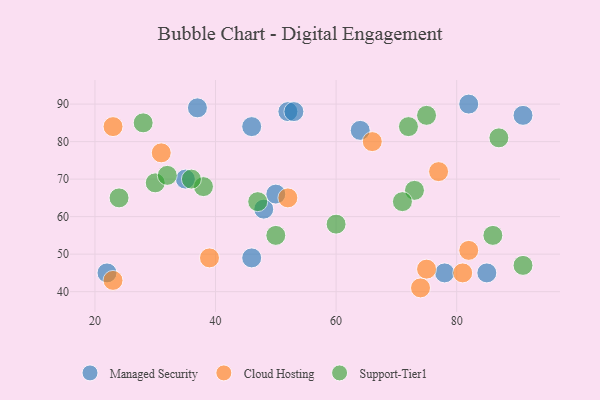
{"axis": {"x": "GDP", "y": "Life Expectancy"}, "legend": ["Cloud Hosting", "Managed Security", "Support-Tier1"], "data": [{"x": "64", "y": 83, "type": "Managed Security"}, {"x": "22", "y": 45, "type": "Managed Security"}, {"x": "91", "y": 87, "type": "Managed Security"}, {"x": "78", "y": 45, "type": "Managed Security"}, {"x": "48", "y": 62, "type": "Managed Security"}, {"x": "82", "y": 90, "type": "Managed Security"}, {"x": "46", "y": 84, "type": "Managed Security"}, {"x": "85", "y": 45, "type": "Managed Security"}, {"x": "50", "y": 66, "type": "Managed Security"}, {"x": "52", "y": 88, "type": "Managed Security"}, {"x": "53", "y": 88, "type": "Managed Security"}, {"x": "35", "y": 70, "type": "Managed Security"}, {"x": "46", "y": 49, "type": "Managed Security"}, {"x": "37", "y": 89, "type": "Managed Security"}, {"x": "75", "y": 46, "type": "Cloud Hosting"}, {"x": "31", "y": 77, "type": "Cloud Hosting"}, {"x": "81", "y": 45, "type": "Cloud Hosting"}, {"x": "66", "y": 80, "type": "Cloud Hosting"}, {"x": "74", "y": 41, "type": "Cloud Hosting"}, {"x": "82", "y": 51, "type": "Cloud Hosting"}, {"x": "39", "y": 49, "type": "Cloud Hosting"}, {"x": "52", "y": 65, "type": "Cloud Hosting"}, {"x": "23", "y": 84, "type": "Cloud Hosting"}, {"x": "77", "y": 72, "type": "Cloud Hosting"}, {"x": "23", "y": 43, "type": "Cloud Hosting"}, {"x": "75", "y": 87, "type": "Support-Tier1"}, {"x": "86", "y": 55, "type": "Support-Tier1"}, {"x": "47", "y": 64, "type": "Support-Tier1"}, {"x": "91", "y": 47, "type": "Support-Tier1"}, {"x": "38", "y": 68, "type": "Support-Tier1"}, {"x": "50", "y": 55, "type": "Support-Tier1"}, {"x": "30", "y": 69, "type": "Support-Tier1"}, {"x": "73", "y": 67, "type": "Support-Tier1"}, {"x": "36", "y": 70, "type": "Support-Tier1"}, {"x": "60", "y": 58, "type": "Support-Tier1"}, {"x": "72", "y": 84, "type": "Support-Tier1"}, {"x": "28", "y": 85, "type": "Support-Tier1"}, {"x": "87", "y": 81, "type": "Support-Tier1"}, {"x": "71", "y": 64, "type": "Support-Tier1"}, {"x": "32", "y": 71, "type": "Support-Tier1"}, {"x": "24", "y": 65, "type": "Support-Tier1"}]}